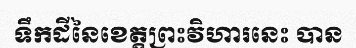
ទឹកដីនៃខេត្តព្រះវិហារនេះ បាន